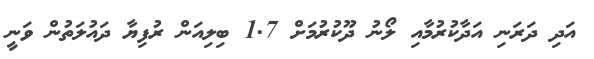
އަދި ދަރަނި އަދާކުރުމާއި ލޯނު ދޫކުރުމަށް 1.7 ބިލިއަން ރުފިޔާ ދައުލަތުން ވަނީ